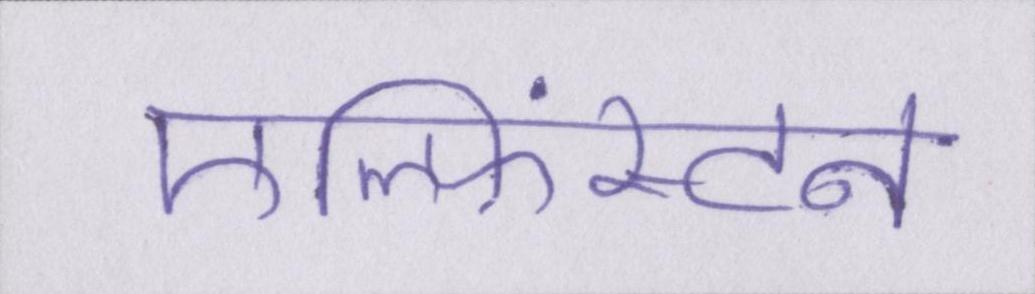
एल्फिंस्टन